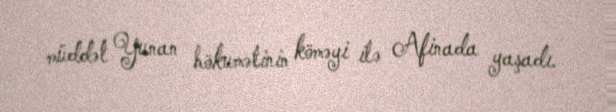
müddət Yunan hökumətinin köməyi ilə Afinada yaşadı.